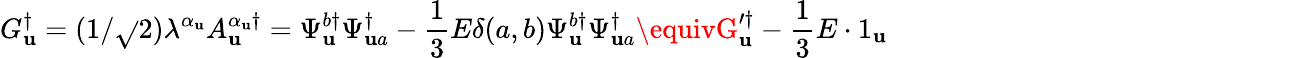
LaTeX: G_{\mathbf{u}}^{\dagger}=(1/\sqrt{}{{2}})\lambda^{\alpha_{\mathbf{u}}}A_{\mathbf{u}}^{\alpha_{\mathbf{u}}\dagger}=\Psi_{\mathbf{u}}^{b\dagger}\Psi_{\mathbf{u}a}^{\dagger}-\frac{1}{3}E\delta(a,b)\Psi_{\mathbf{u}}^{b\dagger}\Psi_{\mathbf{u}a}^{\dagger}\equivG_{\mathbf{u}}^{\prime\dagger}-\frac{1}{3}E\cdot1_{\mathbf{u}}\qquad\qquad\qquad\qquad\qquad\qquad\qquad\quad